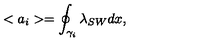
< a _ { i } > = \oint _ { { \cal \gamma } _ { i } } \lambda _ { S W } d x ,